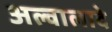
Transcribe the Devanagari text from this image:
अल्वालादे